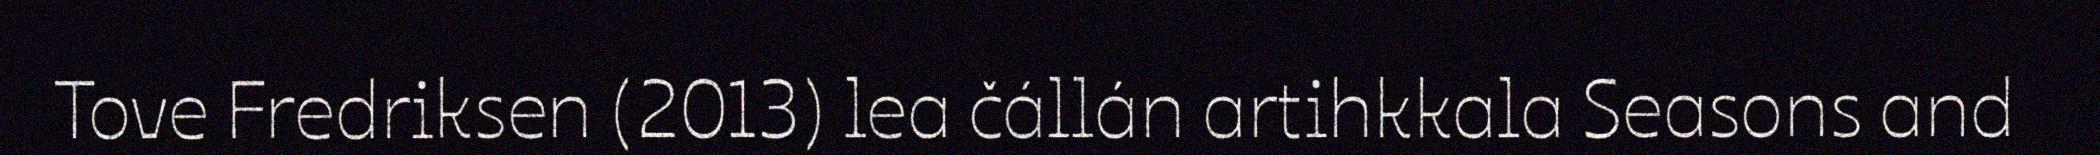
Tove Fredriksen (2013) lea čállán artihkkala Seasons and